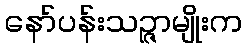
နော်ပန်းသဉ္ဇာမျိုးက